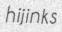
hijinks